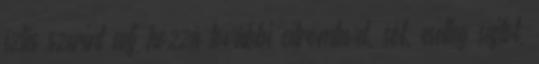
ízlés szerint adj hozzá további citromlevet, sót, esetleg sajtot,